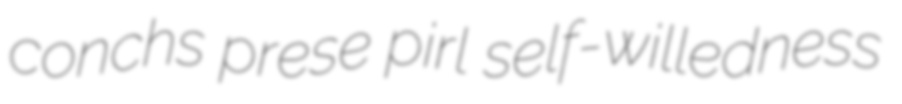
conchs prese pirl self-willedness